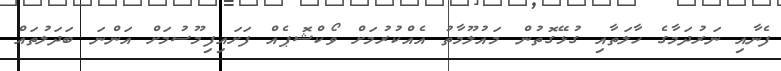
ފެނާއި ނަރުދަމާގެ ހާލަތާއި ގުޅޭގޮތުން މައުލޫމާތު އެއްކުރުމަށް ވޯކްޝޮޕެއް ފަށައިފިމޫސުމަށް އަންނަ ބަދަލުތައް